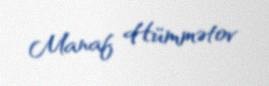
Manaf Hümmətov